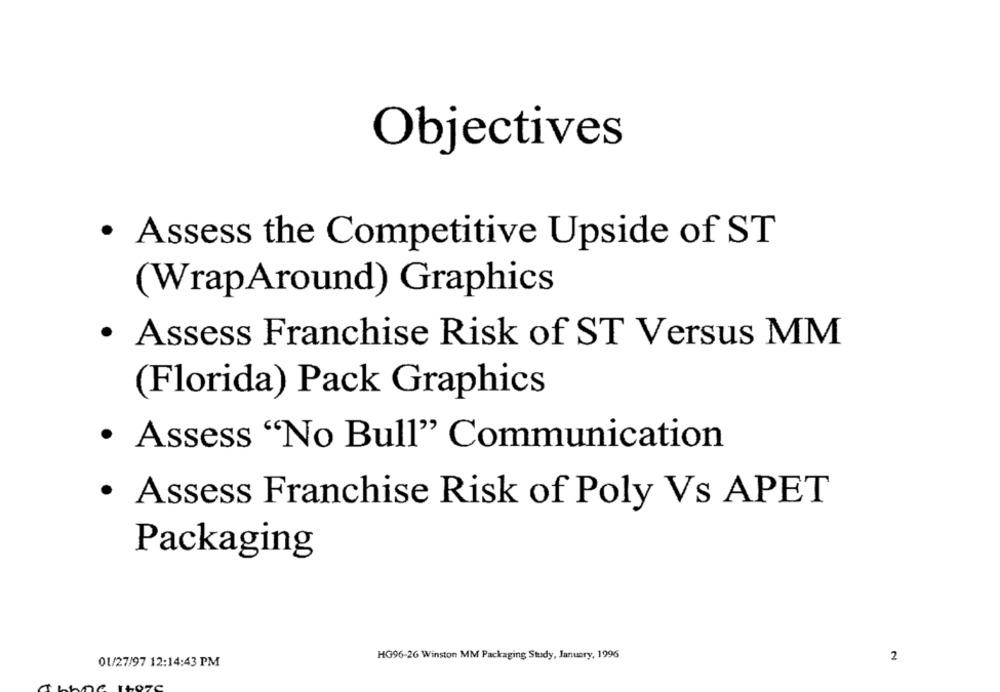
Objectives
· Assess the Competitive Upside of ST
(WrapAround) Graphics
· Assess Franchise Risk of ST Versus MM
(Florida) Pack Graphics
· Assess "No Bull" Communication
· Assess Franchise Risk of Poly Vs APET
Packaging
HG96-26 Winston MM Packaging Study, January, 1996
2
01/27/97 12:14:43 PM